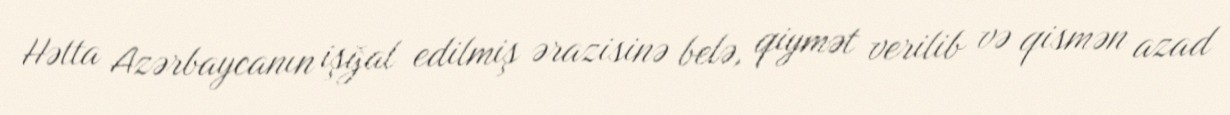
Hətta Azərbaycanın işğal edilmiş ərazisinə belə, qiymət verilib və qismən azad